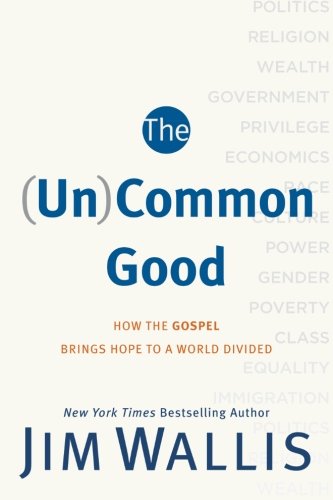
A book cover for The (Un)Common Good: How the Gospel Brings Hope to a World Divided; Jim Wallis; Religion & Spirituality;